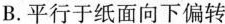
B.平行于纸面向下偏转